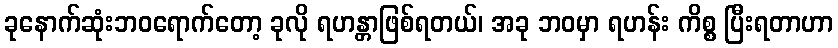
ခုနောက်ဆုံးဘဝရောက်တော့ ခုလို ရဟန္တာဖြစ်ရတယ်၊ အခု ဘဝမှာ ရဟန်း ကိစ္စ ပြီးရတာဟာ